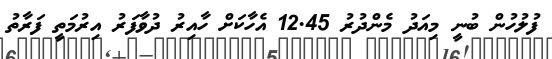
ފުލުހުން ބުނީ މިއަދު މެންދުރު 12.45 އެހާކަށް ހާއިރު ދުވާފަރު އިރުމަތީ ފަރާތު